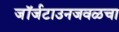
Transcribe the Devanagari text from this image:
जॉर्जटाउनजवळचा